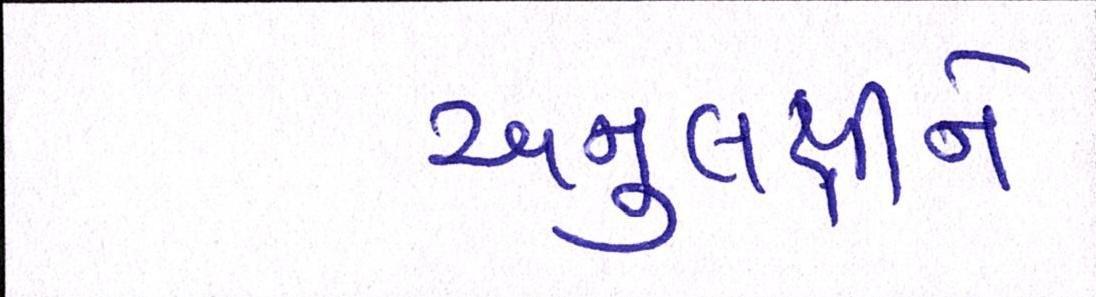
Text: અનુલક્ષીને